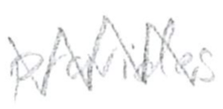
Text: provides
Cross-out: zig-zag
Writing tool: pencil